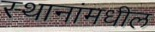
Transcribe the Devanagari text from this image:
स्थानांमधील